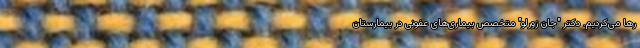
رها می‌کردیم. دکتر "جان زورلو" متخصص بیماری‌های عفونی در بیمارستان